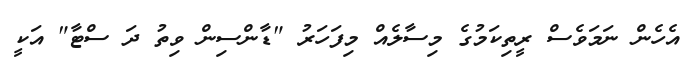
އެހެން ނަމަވެސް ރީތިކަމުގެ މިސާލެއް މިފަހަރު "ޑާންސިން ވިތު ދަ ސްޓާ" އަކީ